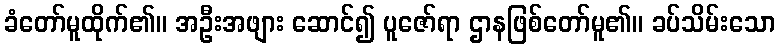
ခံတော်မူထိုက်၏။ အဦးအဖျား ဆောင်၍ ပူဇော်ရာ ဌာနဖြစ်တော်မူ၏။ ခပ်သိမ်းသော